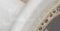
سأغسل